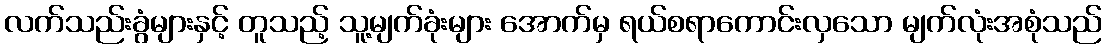
လက်သည်းခွံများနှင့် တူသည့် သူ့မျက်ခုံးများ အောက်မှ ရယ်စရာကောင်းလှသော မျက်လုံးအစုံသည်